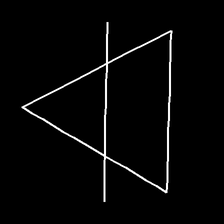
Glyph: empower